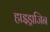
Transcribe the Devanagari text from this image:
हाइड्राजिन